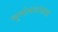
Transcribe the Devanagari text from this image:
भूगोलशास्त्रज्ञ